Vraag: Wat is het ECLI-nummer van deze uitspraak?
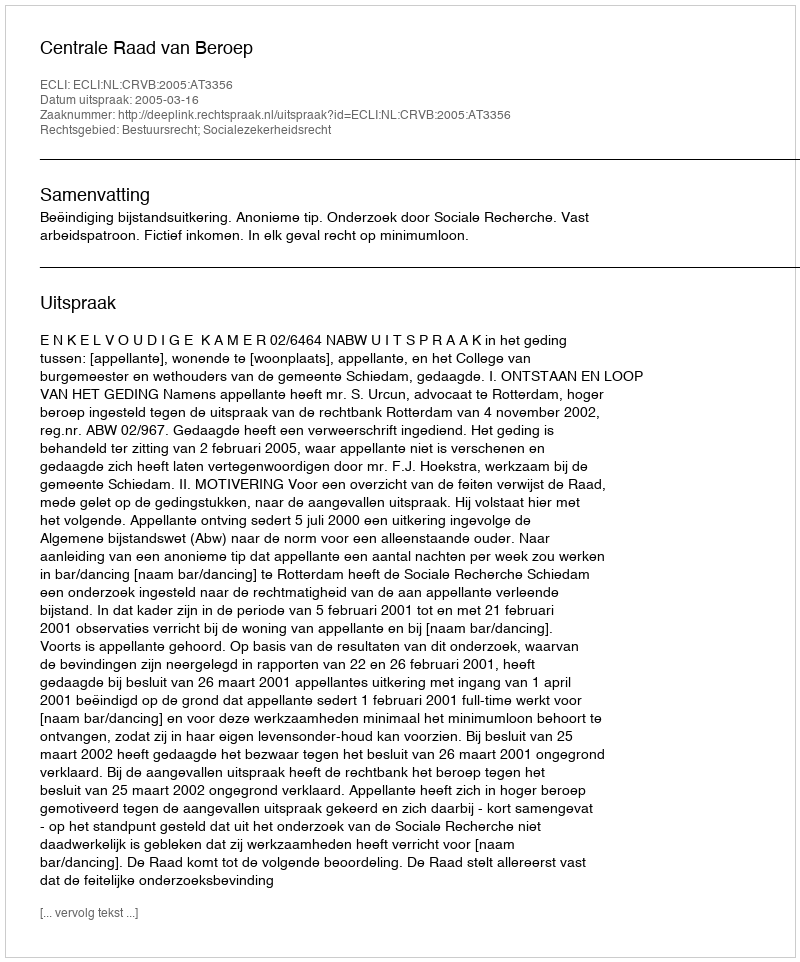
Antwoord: ECLI:NL:CRVB:2005:AT3356